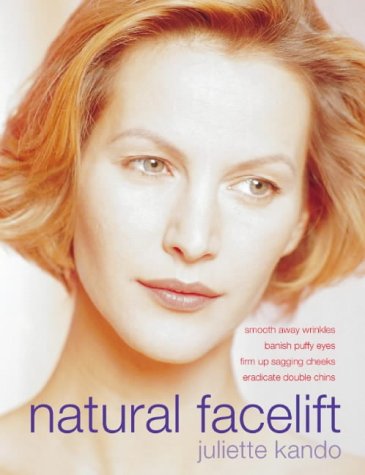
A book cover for Natural Facelift; Juliette Kando; Health, Fitness & Dieting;